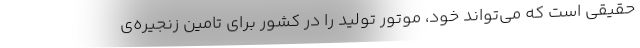
حقیقی است که می‌تواند خود، موتور تولید را در کشور برای تامین زنجیره‌ی